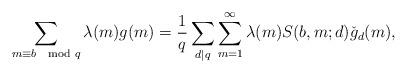
LaTeX: \begin{align*}\sum_{m \equiv b \mod{q}} \lambda(m)g(m) = \frac{1}{q} \sum_{d \mid q} \sum_{m=1}^{\infty}\lambda(m)S(b,m;d)\check{g}_d(m),\end{align*}